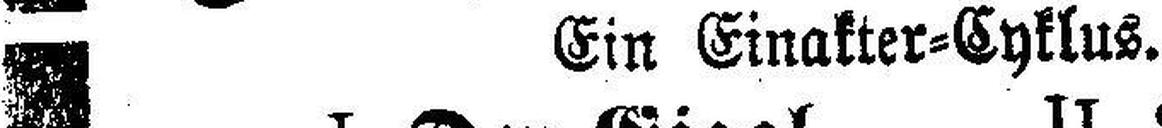
Ein Einakter=Cyklus.